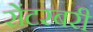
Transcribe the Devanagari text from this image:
सेंटरबरी